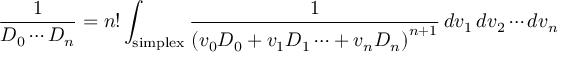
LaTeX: { \frac { 1 } { D _ { 0 } \cdots D _ { n } } } = n ! \int _ { \mathrm { s i m p l e x } } { \frac { 1 } { \left( v _ { 0 } D _ { 0 } + v _ { 1 } D _ { 1 } \cdots + v _ { n } D _ { n } \right) ^ { n + 1 } } } \, d v _ { 1 } \, d v _ { 2 } \cdots d v _ { n }